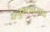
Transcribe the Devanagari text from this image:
हनुमतप्रसाद